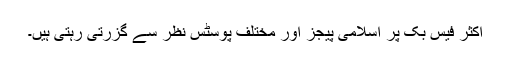
اکثر فیس بک پر اسلامی پیجز اور مختلف پوسٹس نظر سے گزرتی رہتی ہیں۔